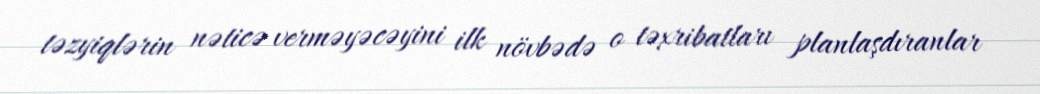
təzyiqlərin nəticə verməyəcəyini ilk növbədə o təxribatları planlaşdıranlar